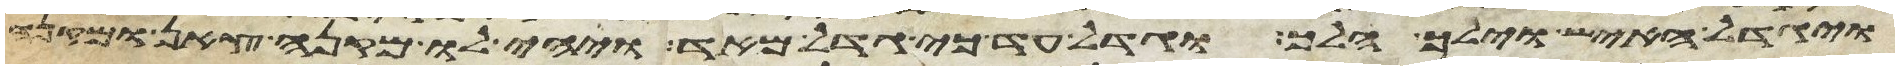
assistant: ויגדל האיש וילך הלך וגדל עד כי גדל מאד ויהי לו מקנה צאן ומקנה